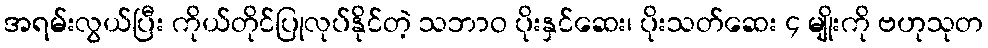
အရမ်းလွယ်ပြီး ကိုယ်တိုင်ပြုလုပ်နိုင်တဲ့ သဘာဝ ပိုးနှင်ဆေး၊ ပိုးသတ်ဆေး ၄ မျိုးကို ဗဟုသုတ